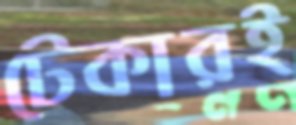
টেকারই